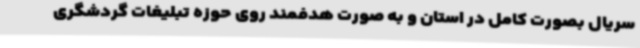
سریال بصورت کامل در استان و به صورت هدفمند روی حوزه تبلیغات گردشگری